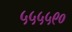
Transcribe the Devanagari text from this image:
५५५५९०